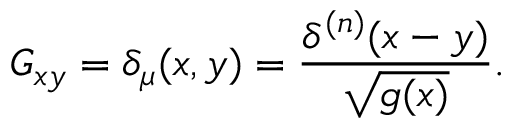
G _ { x y } = \delta _ { \mu } ( x , y ) = { \frac { \delta ^ { ( n ) } ( x - y ) } { \sqrt { g ( x ) } } } .